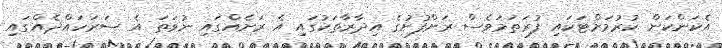
އެކަންކަން ކުރުމަށްޓަކައި ފުރަތަމަވެސް ރަށްފުށުގެ އިދާރާތަކުގައި އެ ރަށެއްގައި ނުވަތަ އެ ސަރަހައްދެއްގައި